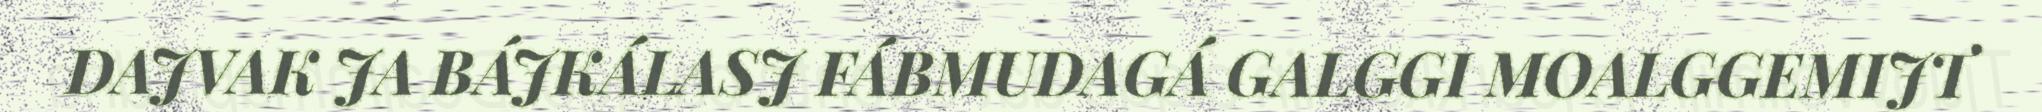
DAJVAK JA BÁJKÁLASJ FÁBMUDAGÁ GALGGI MOALGGEMIJT